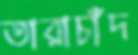
তারাচাঁদ